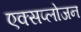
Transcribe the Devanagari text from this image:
एक्सप्लोजन